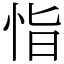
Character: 恉